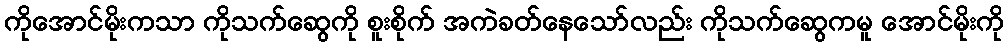
ကိုအောင်မိုးကသာ ကိုသက်ဆွေကို စူးစိုက် အကဲခတ်နေသော်လည်း ကိုသက်ဆွေကမူ အောင်မိုးကို